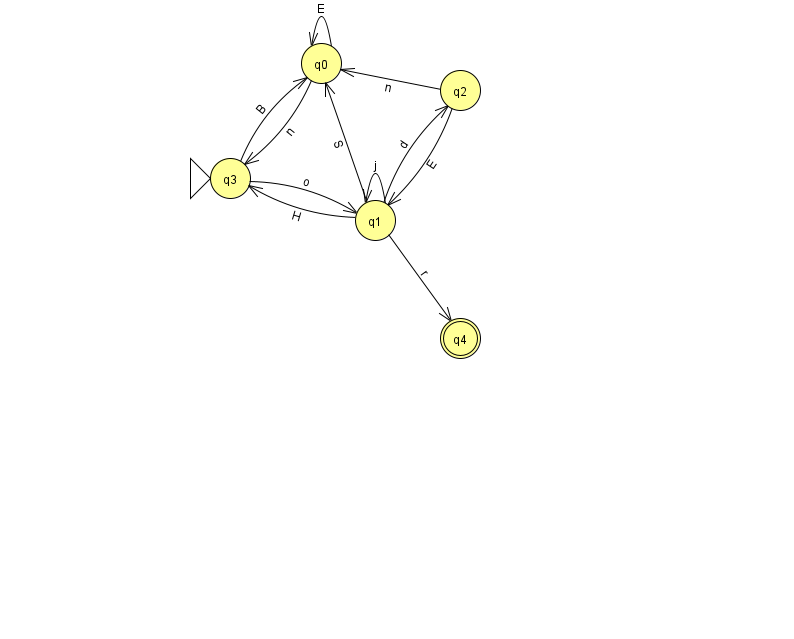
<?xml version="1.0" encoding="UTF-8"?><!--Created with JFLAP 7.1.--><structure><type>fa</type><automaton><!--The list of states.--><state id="0" name="q0"><x>321.0</x><y>50.0</y></state><state id="1" name="q1"><x>375.0</x><y>207.0</y></state><state id="2" name="q2"><x>460.0</x><y>77.0</y></state><state id="3" name="q3"><x>230.0</x><y>165.0</y><initial/></state><state id="4" name="q4"><x>460.0</x><y>325.0</y><final/></state><!--The list of transitions.--><transition><from>0</from><to>3</to><read>n</read></transition><transition><from>0</from><to>0</to><read>E</read></transition><transition><from>1</from><to>3</to><read>H</read></transition><transition><from>1</from><to>1</to><read>j</read></transition><transition><from>1</from><to>2</to><read>d</read></transition><transition><from>2</from><to>1</to><read>E</read></transition><transition><from>1</from><to>0</to><read>S</read></transition><transition><from>3</from><to>0</to><read>B</read></transition><transition><from>1</from><to>4</to><read>r</read></transition><transition><from>2</from><to>0</to><read>n</read></transition><transition><from>3</from><to>1</to><read>o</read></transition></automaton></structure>